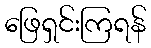
ဖြေရှင်းကြရန်